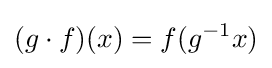
(g\cdot f)(x)=f(g^{-1}x)